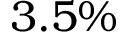
3 . 5 \%